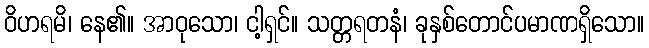
ဝိဟရမိ၊ နေ၏။ အာဝုသော၊ ငါ့ရှင်။ သတ္တရတနံ၊ ခုနှစ်တောင်ပမာဏရှိသော။